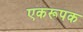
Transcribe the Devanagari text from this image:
एकरूपक